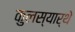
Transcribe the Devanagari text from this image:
कुलस्यार्थे